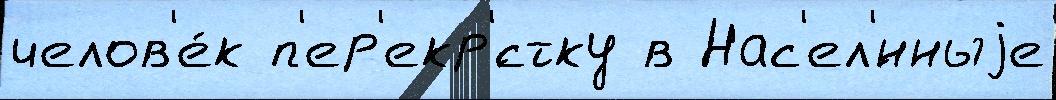
челов'е́к п'ер'екр'́стку в Нас'ел'́нныjе